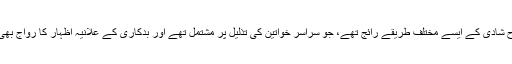
اسی طرح شادی کے ایسے مختلف طریقے رائج تھے، جو سراسر خواتین کی تذلیل پر مشتمل تھے اور بدکاری کے علانیہ اظہار کا رواج بھی عام تھا۔